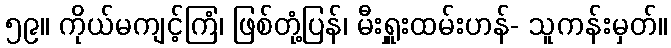
၅၉။ ကိုယ်မကျင့်ကြံ၊ ဖြစ်တုံ့ပြန်၊ မီးရှူးထမ်းဟန်- သူကန်းမှတ်။